65_HS1-834228961_62-HQ-83894_Section_6
Agency: FBI
Page 174
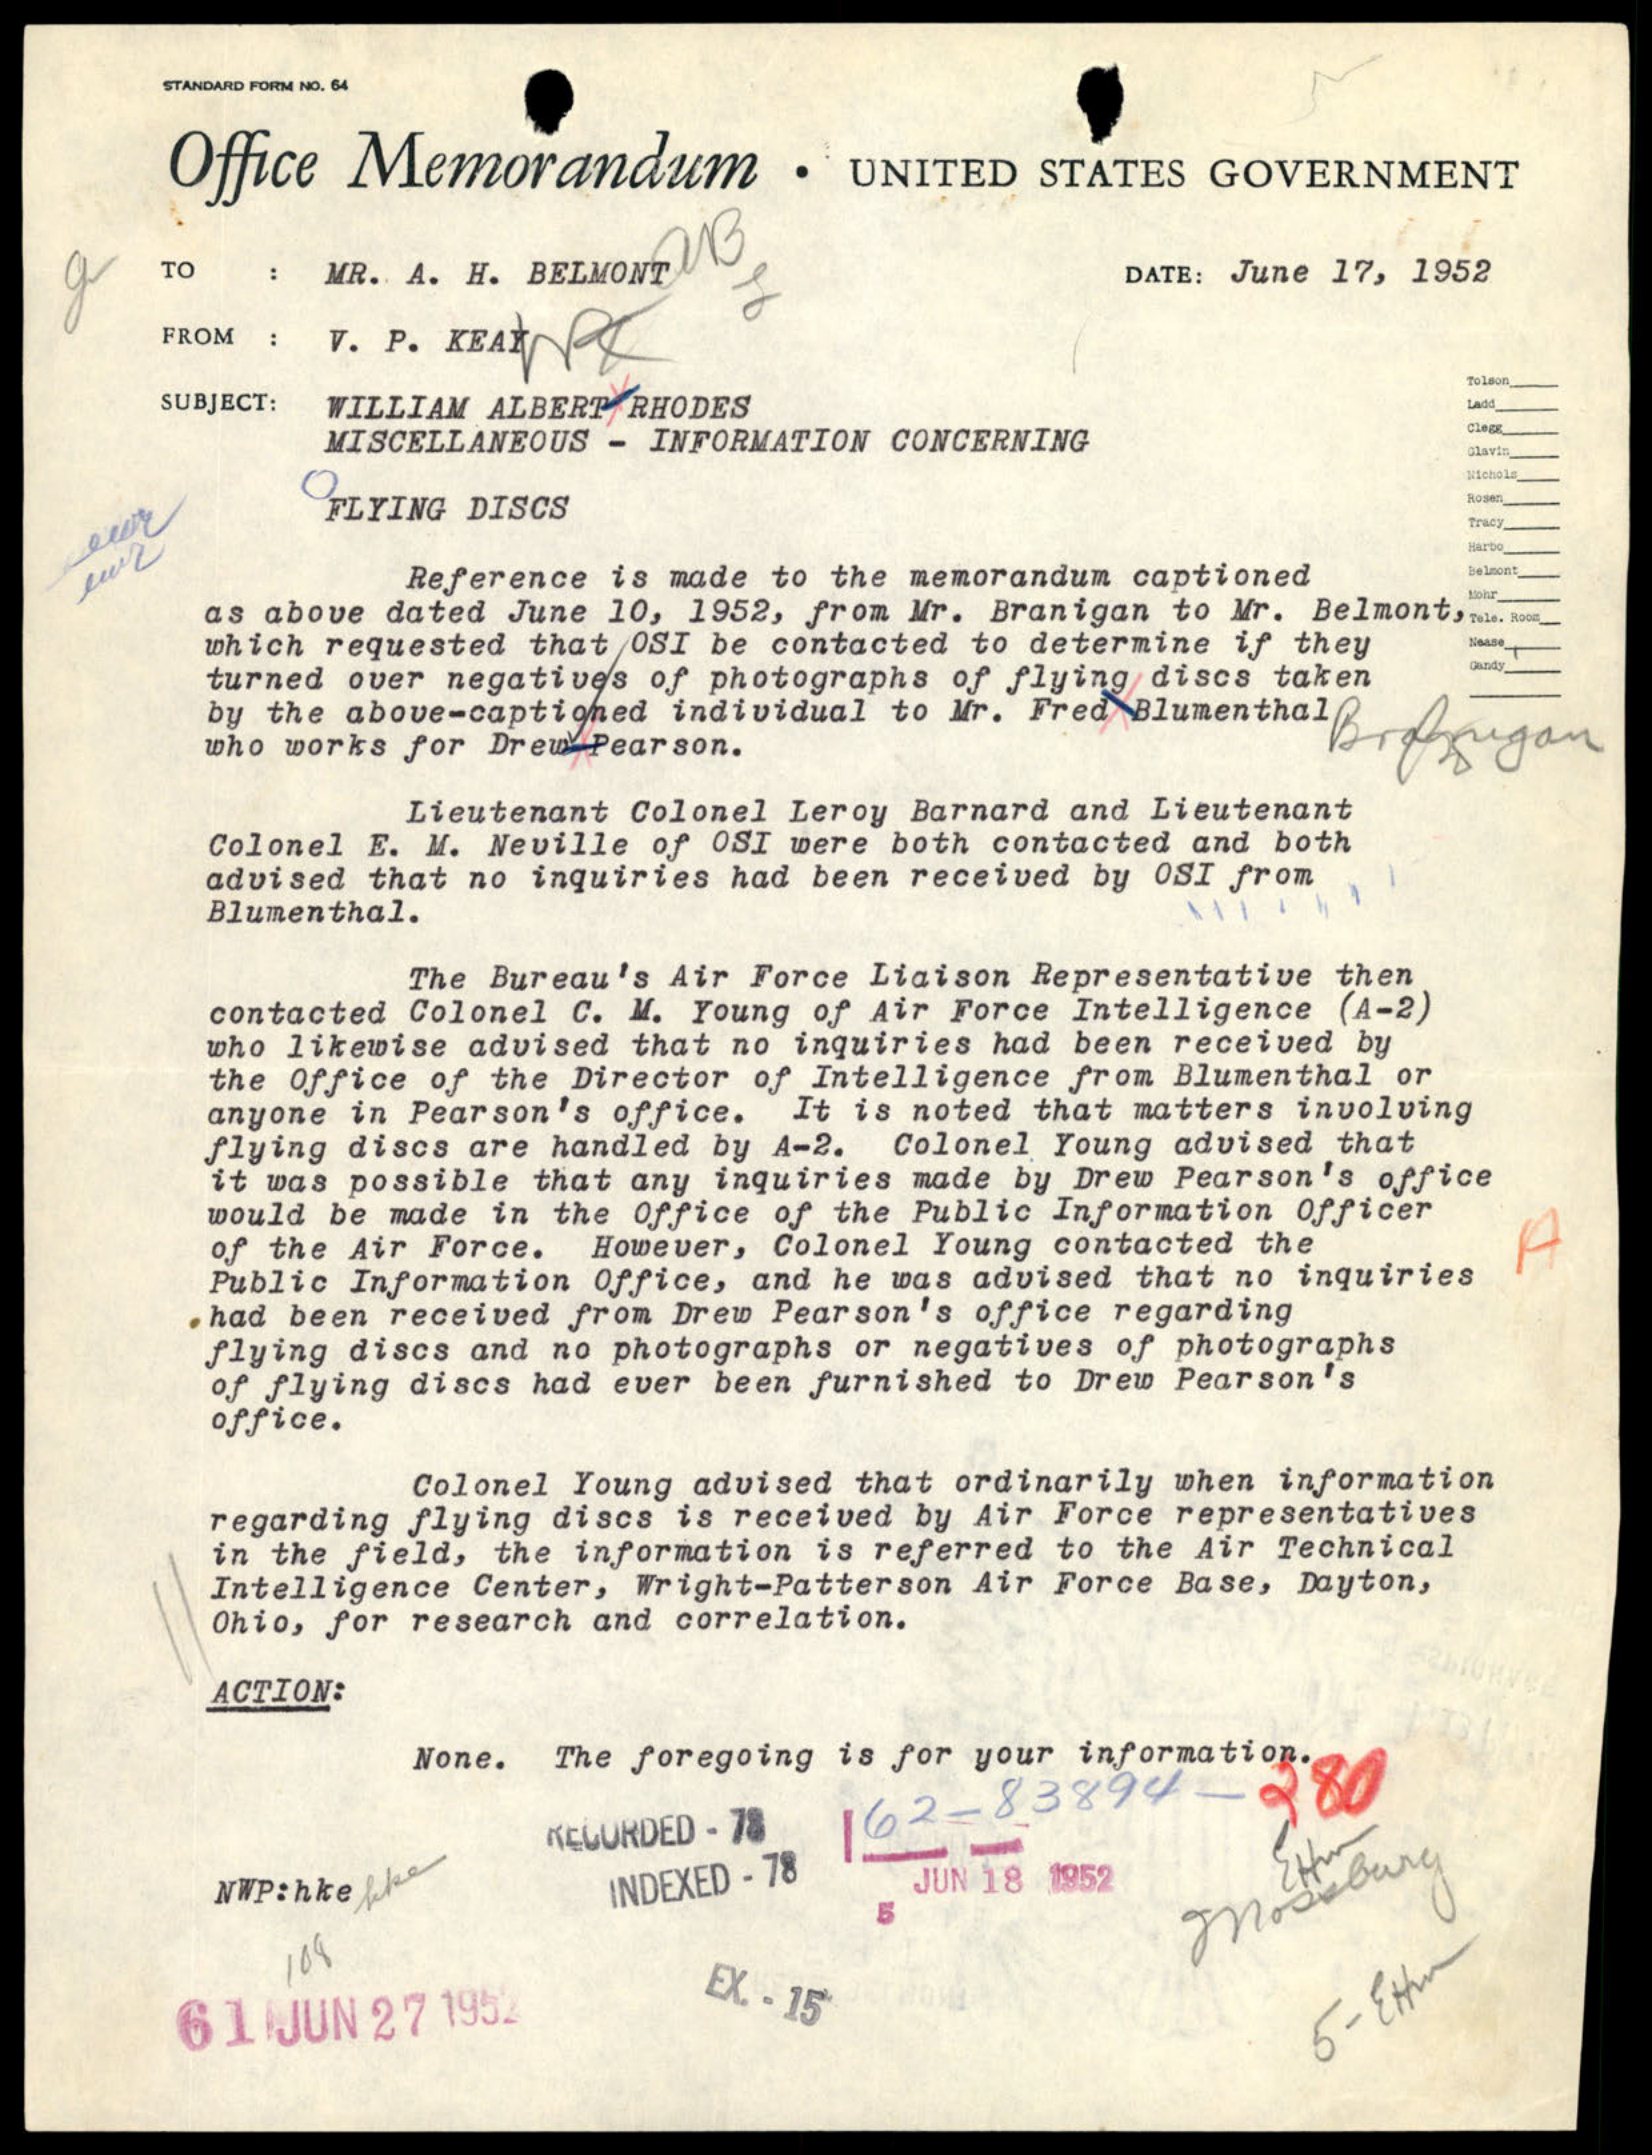